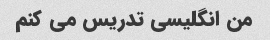
من انگلیسی تدریس می کنم